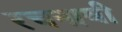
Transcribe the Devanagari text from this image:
रचनावी